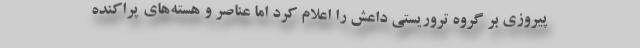
پیروزی بر گروه تروریستی داعش را اعلام کرد اما عناصر و هسته‌های پراکنده